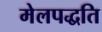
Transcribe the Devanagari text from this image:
मेलपद्धति